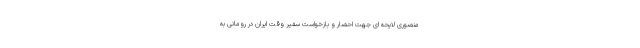
منصوری لایحه ای جهت احضار و بازخواست سفیر وقت ایران در رومانی به